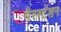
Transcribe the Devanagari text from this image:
गैरस्टेशन